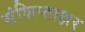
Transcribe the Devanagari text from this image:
संशिप्ताक्षर